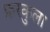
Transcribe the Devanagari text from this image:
फ़रकुला